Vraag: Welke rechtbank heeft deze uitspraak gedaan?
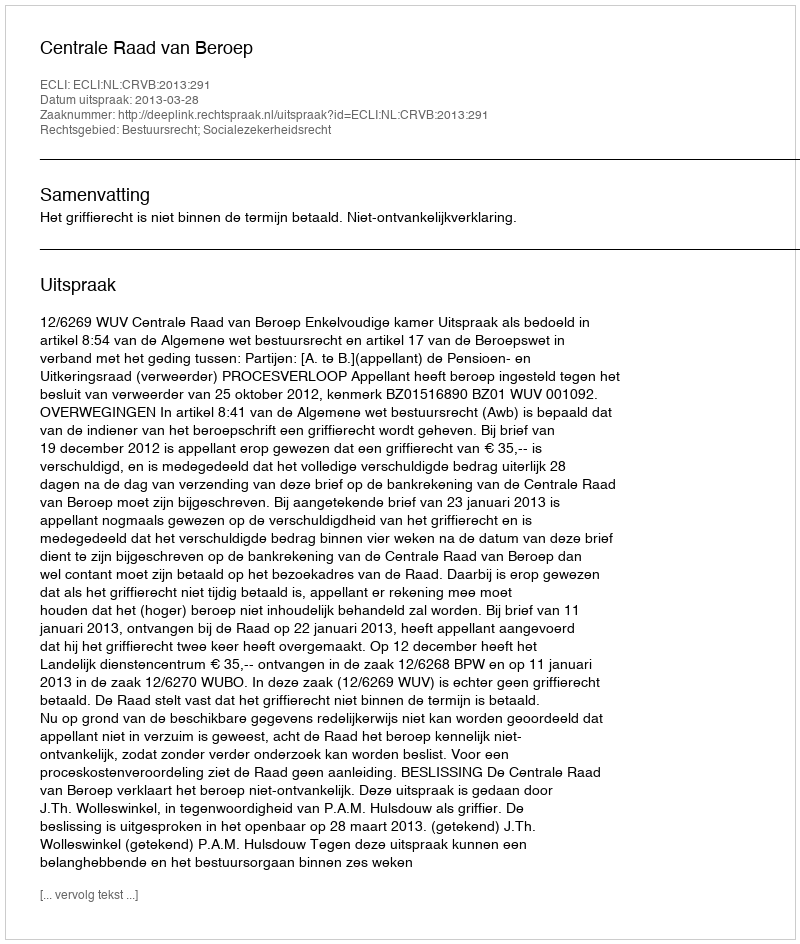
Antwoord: Centrale Raad van Beroep